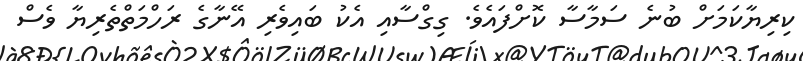
ކިރިޔާކަމަށް ބުނެ ސަމާސާ ކޮށްފައެވެ. ގިގްސާއި އެކު ބައިވެރި އޭނާގެ ރަހްމަތްތެރިޔާ ވެސް